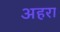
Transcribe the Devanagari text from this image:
अहरा